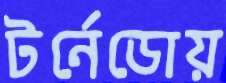
টর্নেডোয়